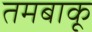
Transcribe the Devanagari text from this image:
तमबाकू